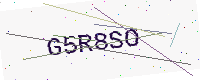
Text: G5R8SO